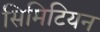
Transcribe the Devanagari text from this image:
सिमिटियन